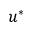
u ^ { * }